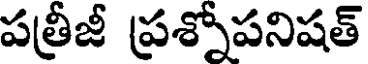
పత్రీజీ ప్రశ్నోపనిషత్